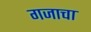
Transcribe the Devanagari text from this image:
गजाचा